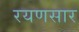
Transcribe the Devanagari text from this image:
रयणसार